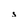
Character: s